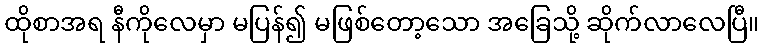
ထိုစာအရ နီကိုလေမှာ မပြန်၍ မဖြစ်တော့သော အခြေသို့ ဆိုက်လာလေပြီ။